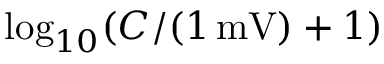
\log _ { 1 0 } ( C / ( 1 \, \mathrm { m V } ) + 1 )